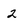
Character: 2